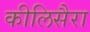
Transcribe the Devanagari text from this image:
कीलिसैरा